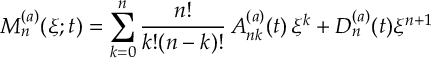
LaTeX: { \cal M } _ { n } ^ { ( a ) } ( \xi ; t ) = \sum _ { k = 0 } ^ { n } \frac { n ! } { k ! ( n - k ) ! } \, A _ { n k } ^ { ( a ) } ( t ) \, \xi ^ { k } + D _ { n } ^ { ( a ) } ( t ) \xi ^ { n + 1 }